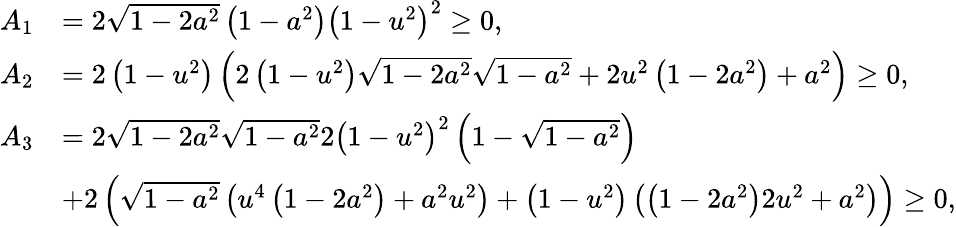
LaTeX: \begin{array}{rl}{A_{1}}&{=2\sqrt{1-2a^{2}}\left(1-a^{2}\right)\left(1-u^{2}\right)^{2}\ge 0,}\\ {A_{2}}&{=2\left(1-u^{2}\right)\left(2\left(1-u^{2}\right)\sqrt{1-2a^{2}}\sqrt{1-a^{2}}+2u^{2}\left(1-2a^{2}\right)+a^{2}\right)\ge 0,}\\ {A_{3}}&{=2\sqrt{1-2a^{2}}\sqrt{1-a^{2}}2\left(1-u^{2}\right)^{2}\left(1-\sqrt{1-a^{2}}\right)}\\ &{+2\left(\sqrt{1-a^{2}}\left(u^{4}\left(1-2a^{2}\right)+a^{2}u^{2}\right)+\left(1-u^{2}\right)\left(\left(1-2a^{2}\right)2u^{2}+a^{2}\right)\right)\ge 0,}\end{array}